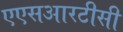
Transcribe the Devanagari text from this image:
एएसआरटीसी